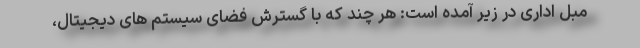
مبل اداری در زیر آمده است: هر چند که با گسترش فضای سیستم های دیجیتال،